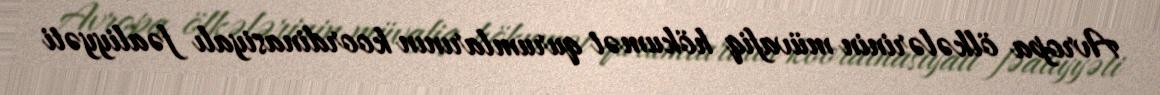
Avropa ölkələrinin müvafiq hökumət qurumlarının koordinasiyalı fəaliyyəti